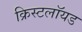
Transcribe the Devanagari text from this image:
क्रिस्टलॉयड